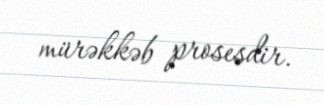
mürəkkəb prosesdir.